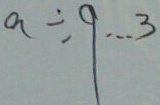
a \div 9 \cdots 3